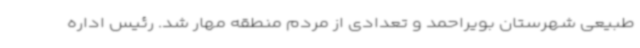
طبیعی شهرستان بویراحمد و تعدادی از مردم منطقه مهار شد. رئیس اداره